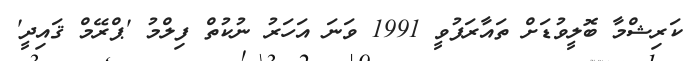
ކަރިޝްމާ ބޮލީވުޑަށް ތައާރަފުވީ 1991 ވަނަ އަހަރު ނުކުތް ފިލްމު 'ޕްރޭމް ޤައިދީ'